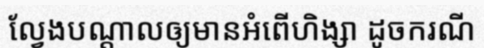
ល្វែងបណ្តាលឲ្យមានអំពើហិង្សា ដូចករណី